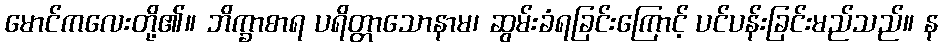
မောင်ကလေးတို့၏။ ဘိက္ခာစာရ ပရိတ္တာသောနာမ၊ ဆွမ်းခံရခြင်းကြောင့် ပင်ပန်းခြင်းမည်သည်။ န